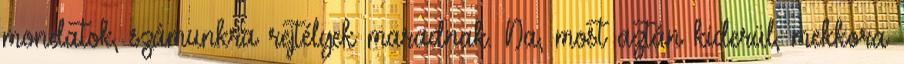
mondatok, számunkra rejtélyek maradnak. Na, most aztán kiderül, mekkora